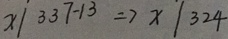
x / 3 3 7 - 1 3 \Rightarrow x / 3 2 4